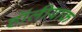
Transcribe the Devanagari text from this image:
हॉलीयाक